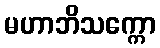
မဟာဘိသက္ကော